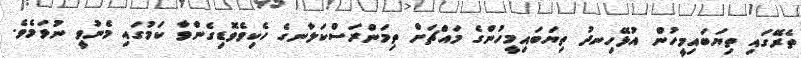
ތެރޭގައި ތިޔަބައިމީހުން އުޅޭހިނދު ތިޔަބައިމީހުންގެ މައްޗަށް ތިމަންރަސްކަލާނގެ ހެކިވެވޮޑިގެންވާ ކަމުގައި މެނުވީ ނުވަމެވެ.